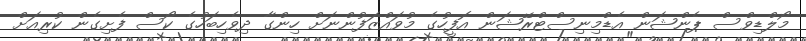
މޯލްޑިވްސް ޕެންޝަން އެޑްމިނިސްޓްރޭޝަން އޮފީހުގެ މުވައްޒަފުންނަށް ހިންގާ ދިވެހިބަހުގެ ކޯސް ފެށިގެން ކުރިއަށް